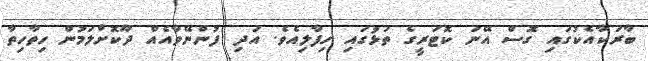
ބާރަކާއެކުގައި ގޮސް އޭނަ ކޮޓަރީގެ ތަޅުގައި ހިފާލިއެވެ. އަދި ފުންނޭވާއެއް ދޫކޮށްލަމުން ހިތާހިތާ